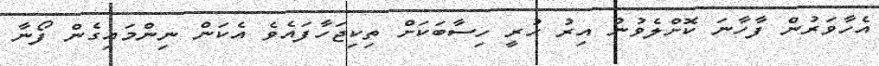
އެހާވަރުން ފާހާނަ ކޮށްލެވުނު އިރު ހުރީ ހިސާބަކަށް ތިކިޖަހާފައެވެ އެކަން ނިންމައިގެން ފޯނާ